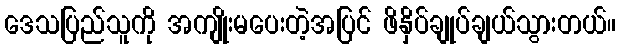
ဒေသပြည်သူကို အကျိုးမပေးတဲ့အပြင် ဖိနှိပ်ချုပ်ချယ်သွားတယ်။